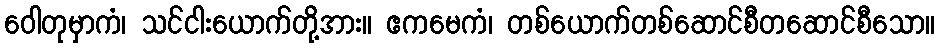
ဝေါတုမှာကံ၊ သင်ငါးယောက်တို့အား။ ဧကမေကံ၊ တစ်ယောက်တစ်ဆောင်စီတဆောင်စီသော။